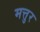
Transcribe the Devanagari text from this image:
मत्तुर